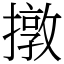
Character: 撴